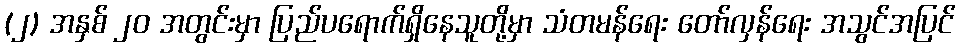
(၂) အနှစ် ၂၀ အတွင်းမှာ ပြည်ပရောက်ရှိနေသူတို့မှာ သံတမန်ရေး တော်လှန်ရေး အသွင်အပြင်